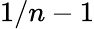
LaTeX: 1/n-1